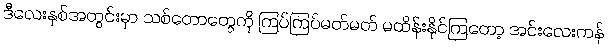
ဒီလေးနှစ်အတွင်းမှာ သစ်တောတွေကို ကြပ်ကြပ်မတ်မတ် မထိန်းနိုင်ကြတော့ အင်းလေးကန်